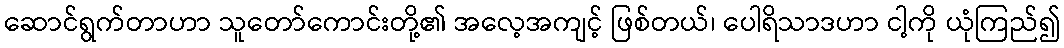
ဆောင်ရွက်တာဟာ သူတော်ကောင်းတို့၏ အလေ့အကျင့် ဖြစ်တယ်၊ ပေါရိသာဒဟာ ငါ့ကို ယုံကြည်၍